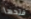
فتحها